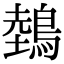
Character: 鵱